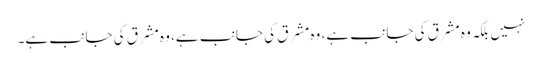
نہیں بلکہ وہ مشرق کی جانب ہے، وہ مشرق کی جانب ہے، وہ مشرق کی جانب ہے۔